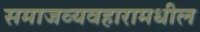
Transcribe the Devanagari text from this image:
समाजव्यवहारामधील